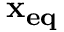
\mathbf { x _ { e q } }